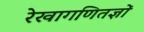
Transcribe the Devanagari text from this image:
रेखागणितज्ञों